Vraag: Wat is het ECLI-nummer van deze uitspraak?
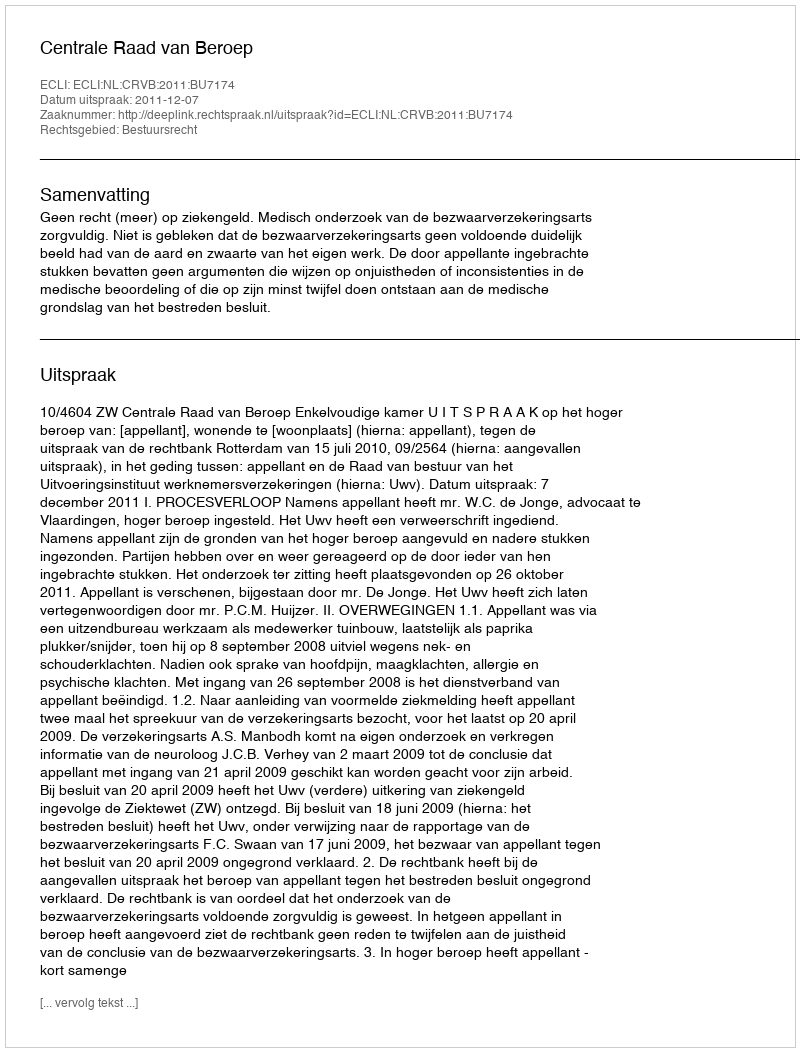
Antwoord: ECLI:NL:CRVB:2011:BU7174